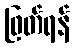
ဖြတ်ရန်